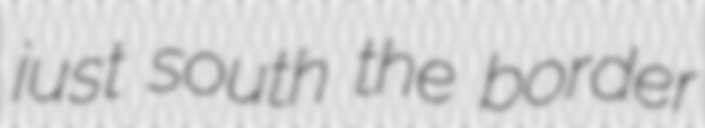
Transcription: just south the border